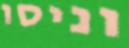
וניסו